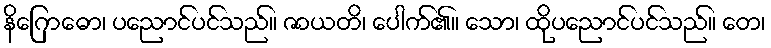
နိဂြောဓော၊ ပညောင်ပင်သည်။ ဇာယတိ၊ ပေါက်၏။ သော၊ ထိုပညောင်ပင်သည်။ တေ၊